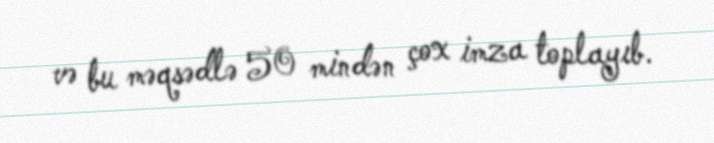
və bu məqsədlə 50 mindən çox imza toplayıb.